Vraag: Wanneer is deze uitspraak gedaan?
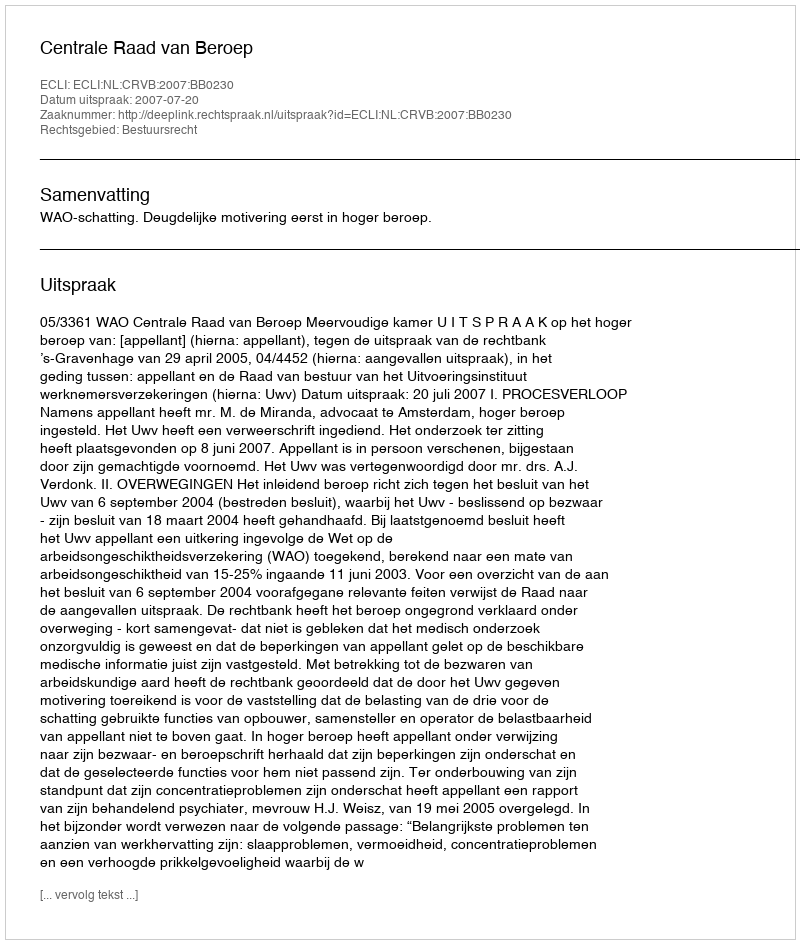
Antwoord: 2007-07-20